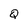
Character: Q